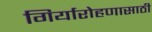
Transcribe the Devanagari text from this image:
गिर्यारोहणासाठी